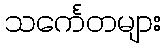
သင်္ကေတများ